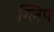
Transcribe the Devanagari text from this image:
ग्लिप